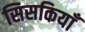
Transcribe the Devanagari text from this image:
सिसकियाँ